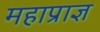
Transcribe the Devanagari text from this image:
महाप्राज्ञ